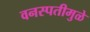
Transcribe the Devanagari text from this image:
वनस्पतीमुळे